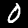
Digit: 0